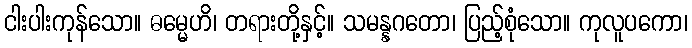
ငါးပါးကုန်သော။ ဓမ္မေဟိ၊ တရားတို့နှင့်။ သမန္နဂတော၊ ပြည့်စုံသော။ ကုလူပကော၊